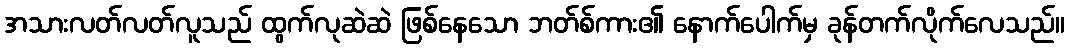
အသားလတ်လတ်လူသည် ထွက်လုဆဲဆဲ ဖြစ်နေသော ဘတ်စ်ကား၏ နောက်ပေါက်မှ ခုန်တက်လိုက်လေသည်။